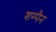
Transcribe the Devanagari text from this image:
शम्पैन